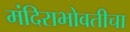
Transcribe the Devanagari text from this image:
मंदिराभोवतीचा